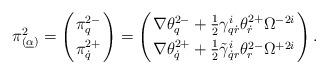
LaTeX: \begin{align*}\pi^2_{(\underline\alpha)}=\left(\pi^{2-}_q\atop\pi^{2+}_{\dot q}\right)=\left(\nabla\theta^{2-}_q+\frac12\gamma^i_{q\dot r}\theta^{2+}_{\dot r}\Omega^{-2i}\atop \nabla\theta^{2+}_{\dot q}+\frac12\tilde\gamma^i_{\dot qr}\theta^{2-}_r\Omega^{+2i}\right).\end{align*}